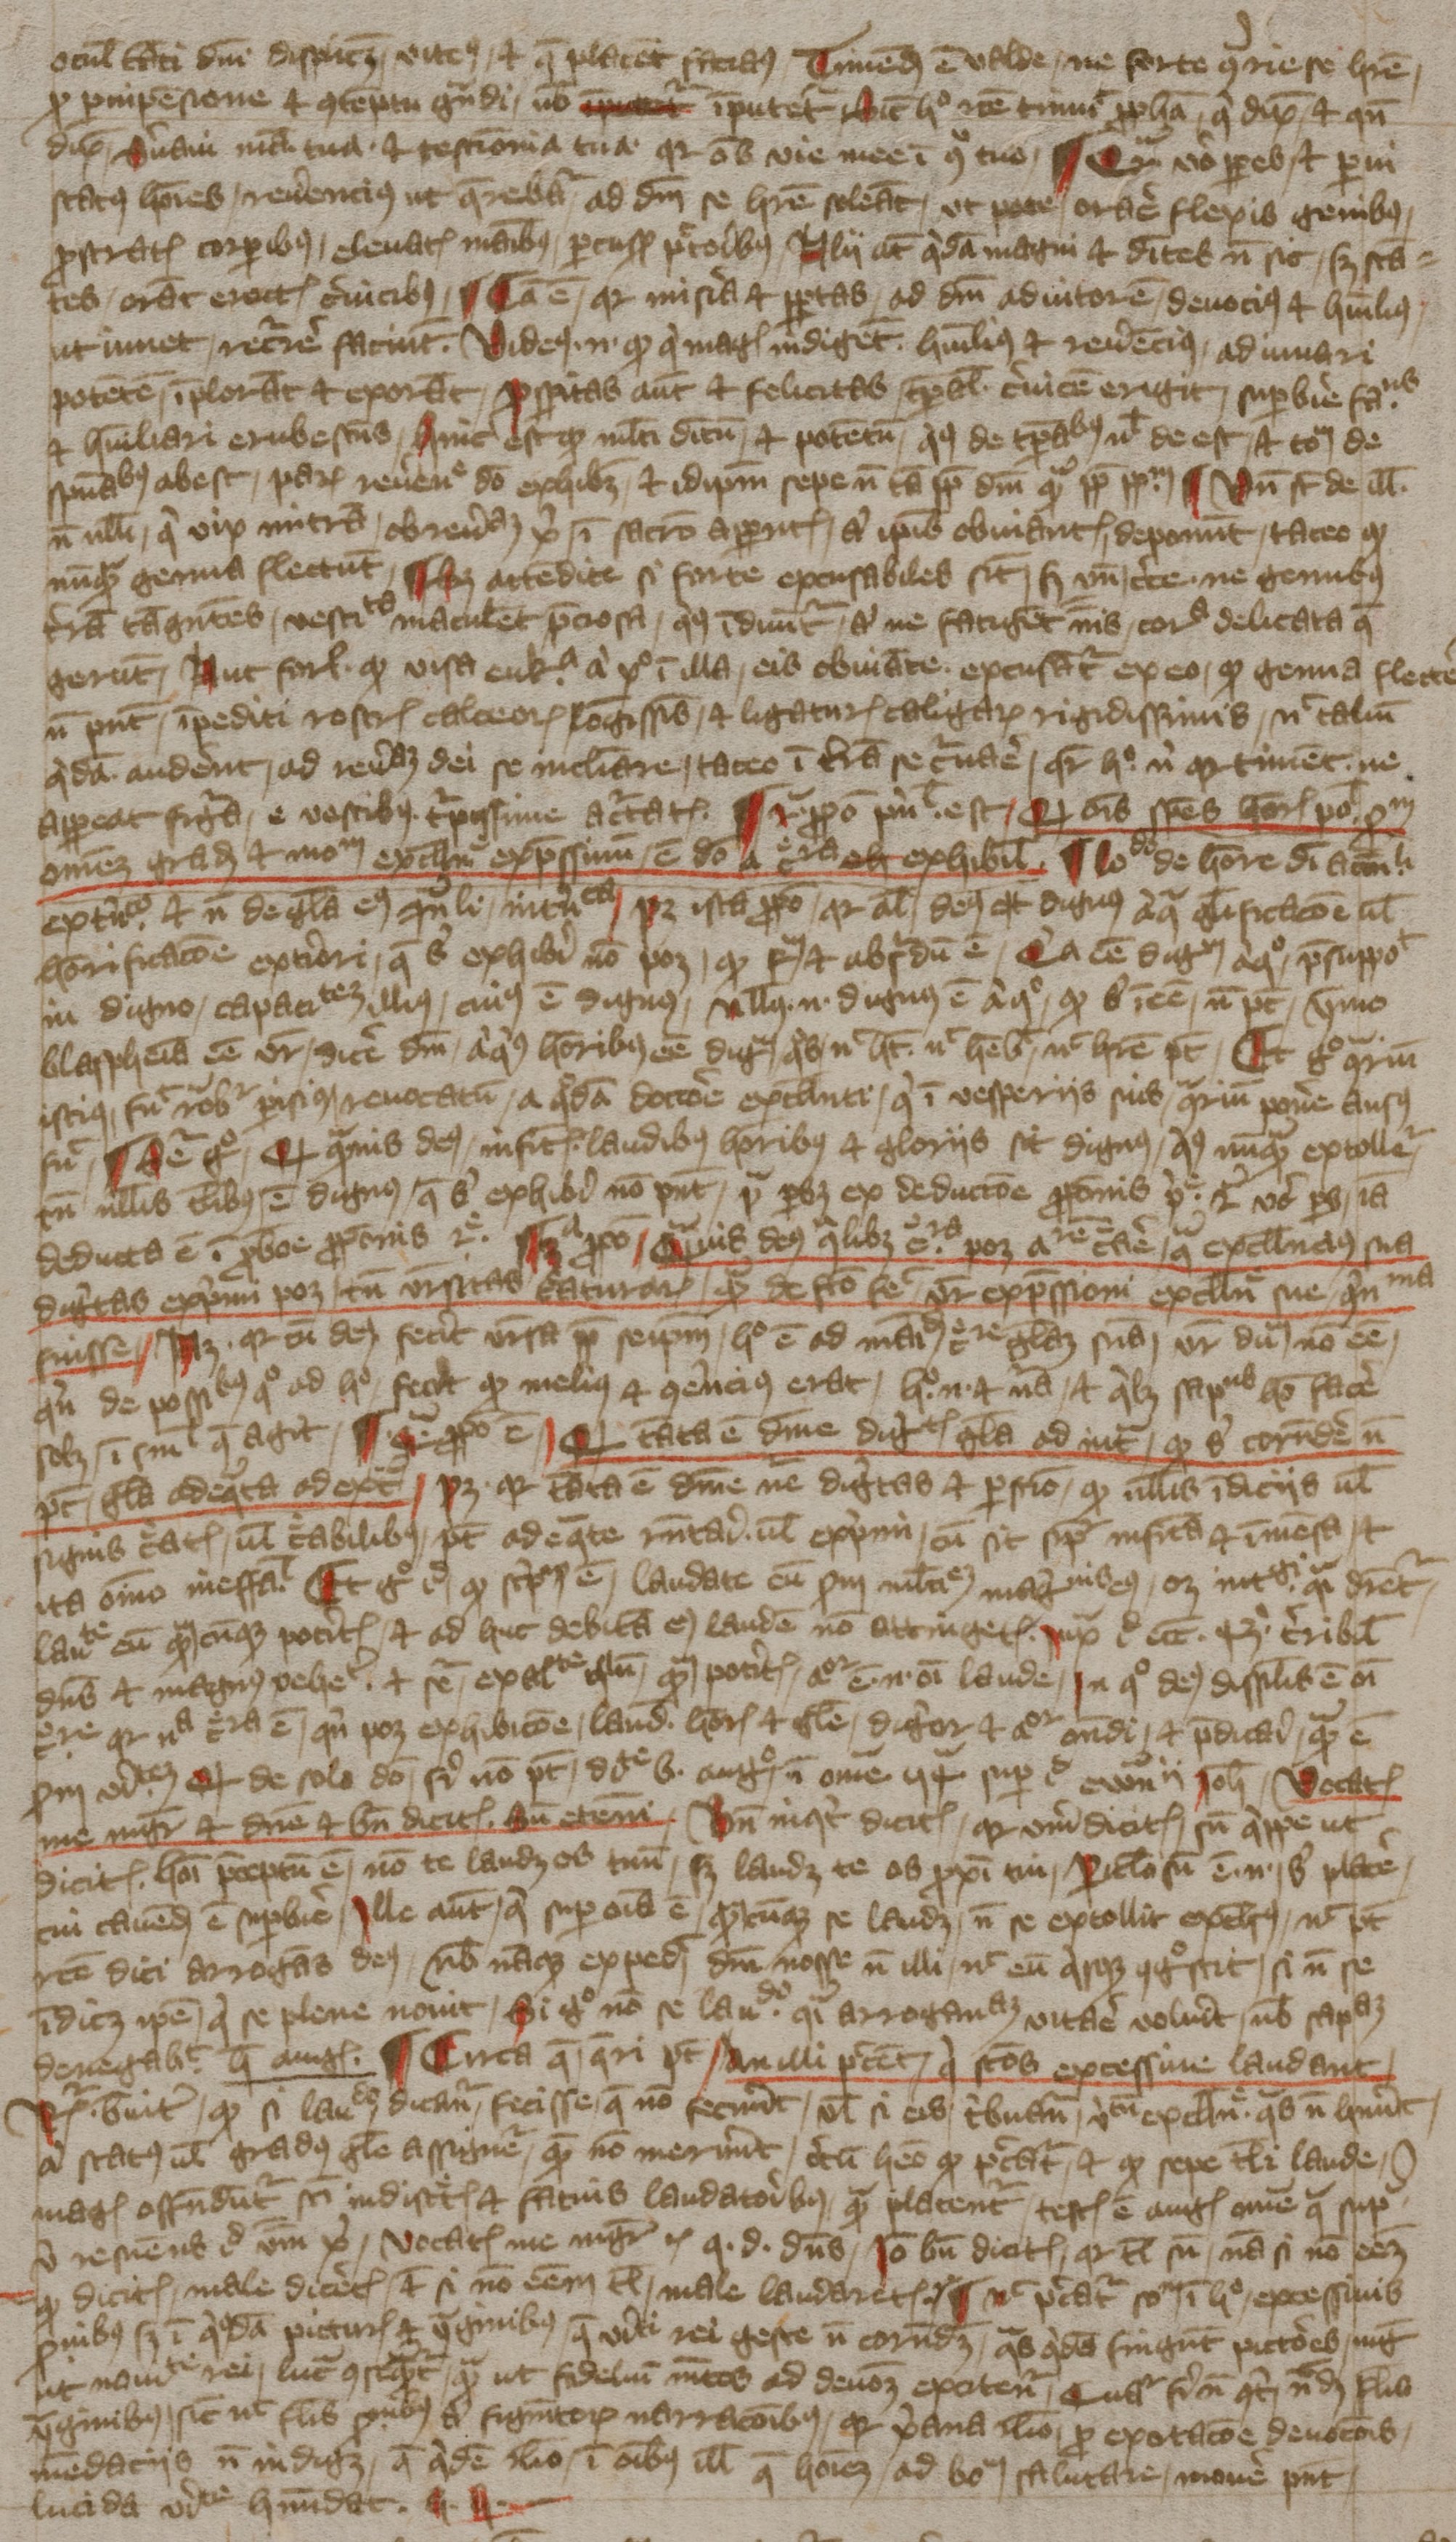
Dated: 1394–1397